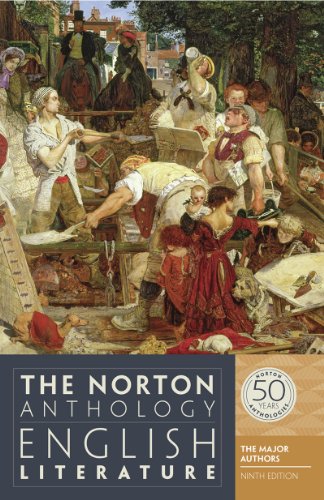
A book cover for The Norton Anthology of English Literature: The Major Authors, 9th Edition; M. H. Abrams; Literature & Fiction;